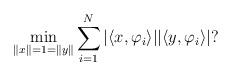
LaTeX: \begin{align*}\min\limits_{\|x\|=1=\|y\|}\sum\limits_{i=1}^{N}|\langle x,\varphi_{i}\rangle||\langle y,\varphi_{i}\rangle|?\end{align*}